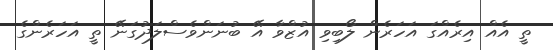
ތީ އެއް އިރެއްގަ އަހަރެން ލޯބިވި އުޒްވާ އޭ ބުނަންވެސްލަދުގަނޭ ތީ އަހަރެންގެ